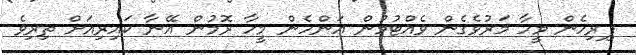
ފިރިހެން މީހާ މަރުވެގެން ވެއްޓުމުން އަންހެން މީހާ ރޮމުން އޭނާ ކައިރިއަށް ތިރިވެ